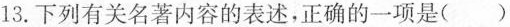
13.下列有关名著内容的表述，正确的一项是（）